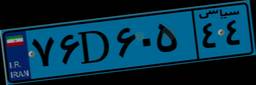
۷۶D۶۰۵۴۴